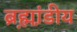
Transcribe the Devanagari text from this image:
ब्रह्म़ा़ंडीय